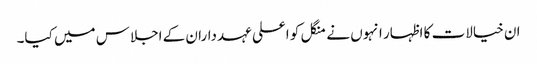
ان خیالات کا اظہار انہوں نے منگل کو اعلی عہدداران کے اجلاس میں کیا۔